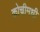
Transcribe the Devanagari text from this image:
कोचीमधी